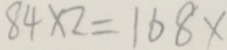
8 4 \times 2 = 1 6 8 x